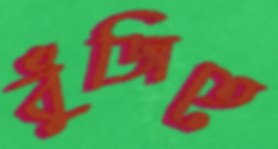
বুঁজিতে